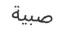
صبية